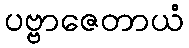
ပဗ္ဗာဇေတာယံ